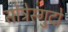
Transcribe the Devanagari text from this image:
सोत्रेस्गुदो